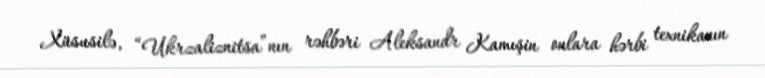
Xüsusilə, “Ukrzaliznitsa”nın rəhbəri Aleksandr Kamışin onlara hərbi texnikanın